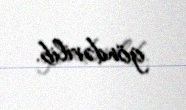
göndərilib.